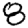
Digit: 8